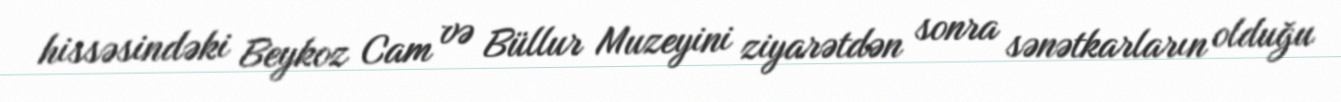
hissəsindəki Beykoz Cam və Büllur Muzeyini ziyarətdən sonra sənətkarların olduğu